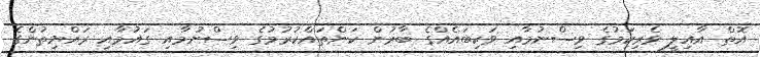
އޮތް އާއިލީ ވެރިކަމުގެ ވިސްނުމާއި ވަކިބައެއްގެ ބާރުން ކަންތައްކުރުމުގެ ވިސްނުމާއި ގައުމާއި ރައްޔިތުންގެ